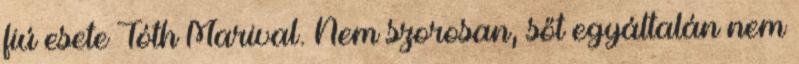
fiú esete Tóth Marival. Nem szorosan, sőt egyáltalán nem